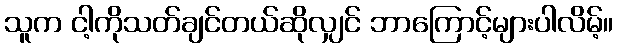
သူက ငါ့ကိုသတ်ချင်တယ်ဆိုလျှင် ဘာကြောင့်များပါလိမ့်။